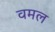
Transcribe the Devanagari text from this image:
वमल